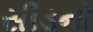
સીડનો